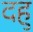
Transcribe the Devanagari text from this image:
दहु